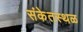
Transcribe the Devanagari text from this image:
संकेतस्‍थळ